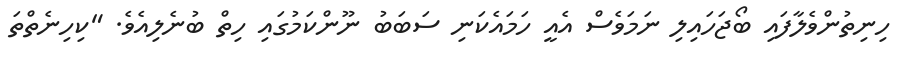
ހިނިތުންވެލާފައި ބޯޖަހައިލި ނަމަވެސް އެއީ ހަމައެކަނި ސަބަބު ނޫންކަމުގައި ހިތް ބުނެލިއެވެ. "ކިހިނެތްތަ